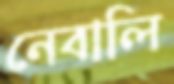
নেবালি